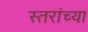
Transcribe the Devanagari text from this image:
स्तरांच्या